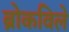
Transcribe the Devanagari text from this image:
ब्रोकविले